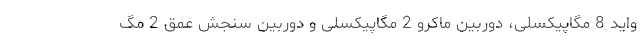
واید 8 مگاپیکسلی، دوربین ماکرو 2 مگاپیکسلی و دوربین سنجش عمق 2 مگ